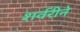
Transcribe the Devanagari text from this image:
शर्वरीने